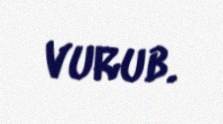
vurub.